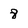
Character: 8